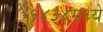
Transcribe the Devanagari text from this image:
१४३४मध्ये